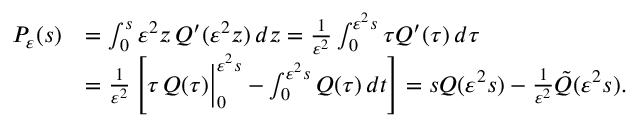
\begin{array} { r l } { P _ { \varepsilon } ( s ) } & { = \int _ { 0 } ^ { s } \varepsilon ^ { 2 } z \, Q ^ { \prime } ( \varepsilon ^ { 2 } z ) \, d z = \frac { 1 } { \varepsilon ^ { 2 } } \int _ { 0 } ^ { \varepsilon ^ { 2 } s } \tau Q ^ { \prime } ( \tau ) \, d \tau } \\ & { = \frac { 1 } { \varepsilon ^ { 2 } } \left[ \tau \, Q ( \tau ) \Big | _ { 0 } ^ { \varepsilon ^ { 2 } s } - \int _ { 0 } ^ { \varepsilon ^ { 2 } s } Q ( \tau ) \, d t \right] = s Q ( \varepsilon ^ { 2 } s ) - \frac { 1 } { \varepsilon ^ { 2 } } \tilde { Q } ( \varepsilon ^ { 2 } s ) . } \end{array}